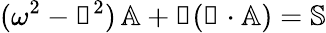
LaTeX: (\omega^{2}-\mathbb{k}^{2})\, \mathbb{A}+\mathbb{k}(\mathbb{k}\cdot\mathbb{A})=\mathbb{S}